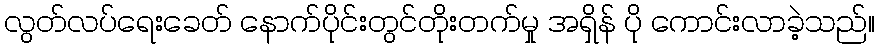
လွတ်လပ်ရေးခေတ် နောက်ပိုင်းတွင်တိုးတက်မှု အရှိန် ပို ကောင်းလာခဲ့သည်။